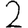
Digit: 2